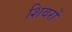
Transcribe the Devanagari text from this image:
शिवरों